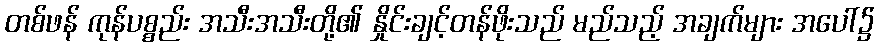
တစ်ဖန် ကုန်ပစ္စည်း အသီးအသီးတို့၏ နှိုင်းချင့်တန်ဖိုးသည် မည်သည့် အချက်များ အပေါ်၌